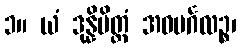
၁။ ယံ ဒုန္နိမိတ္တံ အဝမင်္ဂလဉ္စ၊